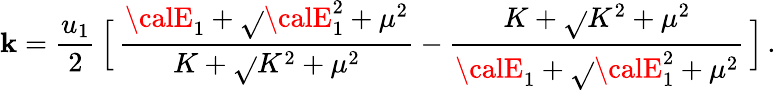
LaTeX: \mathbf{k}={\frac{{u_{1}}}{{2}}}\, \Big[\, {\frac{{{\calE}_{1}+\sqrt{}{{{\calE}_{1}^{2}+\mu^{2}}}}}{{K+\sqrt{}{{K^{2}+\mu^{2}}}}}}-{\frac{{K+\sqrt{}{{K^{2}+\mu^{2}}}}}{{{\calE}_{1}+\sqrt{}{{{\calE}_{1}^{2}+\mu^{2}}}}}}\, \Big]\, .